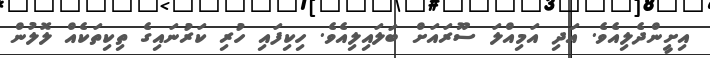
އިށީންދެލިއެވެ. އަދި އަމިއްލަ ސޫރައަށް ބަލައިލިއެވެ. ހިކިފައި ހުރި ކަރުނައިގެ ތިކިތަކެއް ލޮލުން